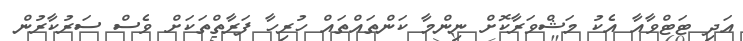
އަދި ޓަޓްވާއާ އެކު މަޝްވަރާކޮށް ނިންމާ ކަންތައްތައް ހުރިހާ ފަރާތްތަކަށް ވެސް ސަރުކާރުން